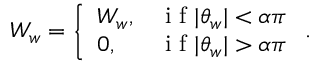
W _ { w } = \left\{ \begin{array} { l r } { W _ { w } , } & { \mathrm { ~ i ~ f ~ } | \theta _ { w } | < \alpha \pi } \\ { 0 , } & { \mathrm { ~ i ~ f ~ } | \theta _ { w } | > \alpha \pi } \end{array} \right. .